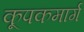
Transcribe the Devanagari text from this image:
कूपकमार्ग